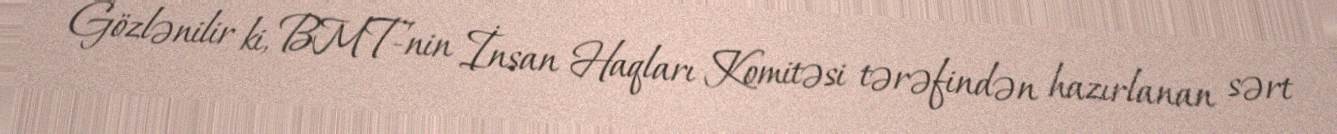
Gözlənilir ki, BMT-nin İnsan Haqları Komitəsi tərəfindən hazırlanan sərt